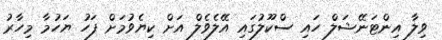
ވިލާ އިންޓަނޭޝަލް ހައި ސްކޫލުގައި އޭލެވެލް އަށް ކިޔެވުމަށް ފަހު ޔަހުމާ މިހާރު